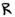
Text: R